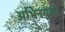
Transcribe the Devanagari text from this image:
अभिनयका